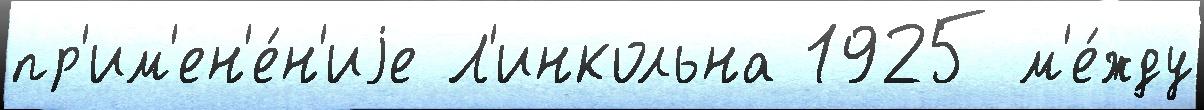
пр'им'ен'е́н'иjе Л'инкольна 1925 м'е́жду